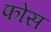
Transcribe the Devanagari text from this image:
फोस